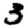
Digit: 3